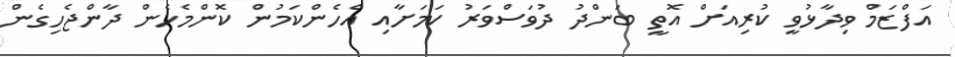
އަފްޒަމް ވިދާޅުވީ ކުރިއަށް އޮތީ ބަންދު ދުވަސްވަރު ކަމަށާއި އެހެންކަމުން ކޮންމެހެން ދާންޖެހިގެން